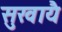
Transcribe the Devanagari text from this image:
सुखायै